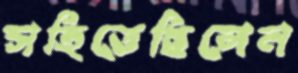
সহিতেছিলেন